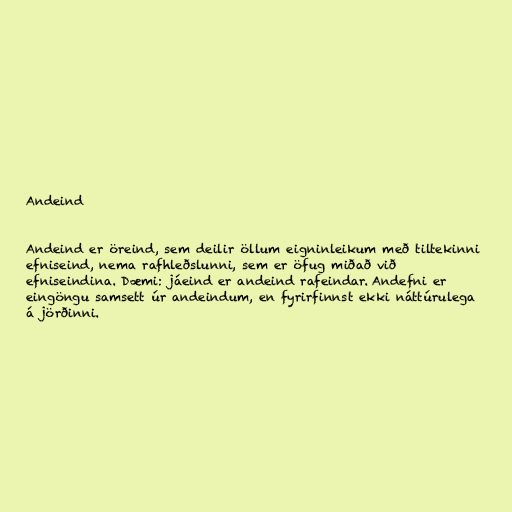
Andeind

Andeind er öreind, sem deilir öllum eigninleikum með tiltekinni
efniseind, nema rafhleðslunni, sem er öfug miðað við
efniseindina. Dæmi: jáeind er andeind rafeindar. Andefni er
eingöngu samsett úr andeindum, en fyrirfinnst ekki náttúrulega
á jörðinni.